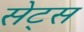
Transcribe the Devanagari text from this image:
सेट्‌स